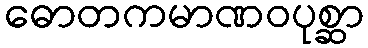
ဓောတကမာဏဝပုစ္ဆာ